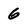
Character: 6